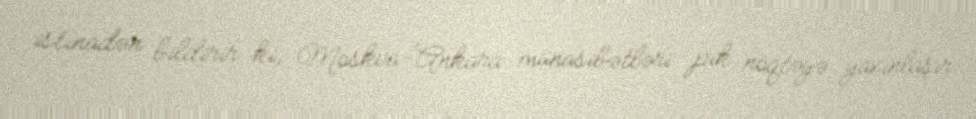
istinadən bildirir ki, Moskva-Ankara münasibətləri pik nöqtəyə yaxınlaşır: